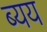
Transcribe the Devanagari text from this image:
ब्यय